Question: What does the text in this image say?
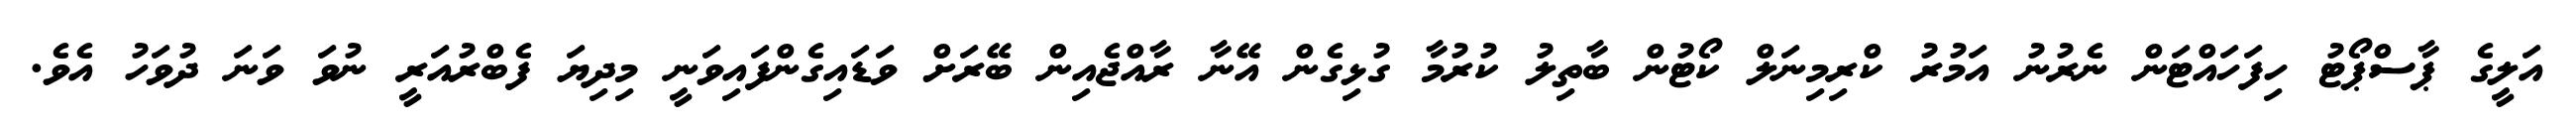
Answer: އަލީގެ ޕާސްޕޯޓު ހިފަހައްޓަން ނެރުނު އަމުރު ކްރިމިނަލް ކޯޓުން ބާތިލު ކުރުމާ ގުޅިގެން އޭނާ ރާއްޖެއިން ބޭރަށް ވަޑައިގެންފައިވަނީ މިދިޔަ ފެބްރުއަރީ ނުވަ ވަނަ ދުވަހު އެވެ.